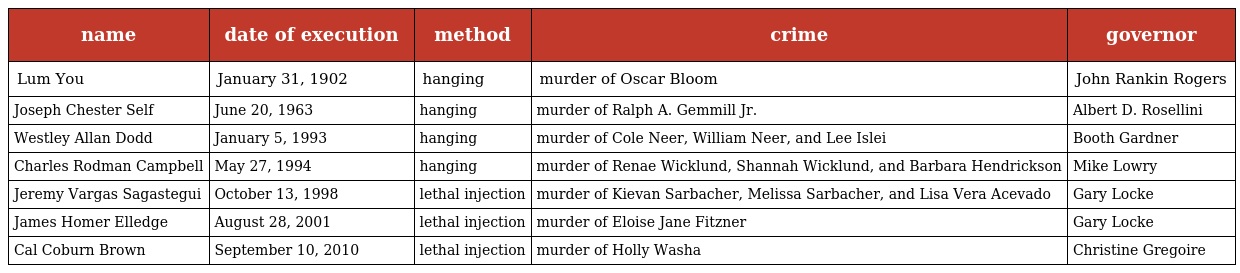
| name | date of execution | method | crime | governor |
 | --- | --- | --- | --- | --- |
 | Lum You | January 31, 1902 | hanging | murder of Oscar Bloom | John Rankin Rogers |
 | Joseph Chester Self | June 20, 1963 | hanging | murder of Ralph A. Gemmill Jr. | Albert D. Rosellini |
 | Westley Allan Dodd | January 5, 1993 | hanging | murder of Cole Neer, William Neer, and Lee Islei | Booth Gardner |
 | Charles Rodman Campbell | May 27, 1994 | hanging | murder of Renae Wicklund, Shannah Wicklund, and Barbara Hendrickson | Mike Lowry |
 | Jeremy Vargas Sagastegui | October 13, 1998 | lethal injection | murder of Kievan Sarbacher, Melissa Sarbacher, and Lisa Vera Acevado | Gary Locke |
 | James Homer Elledge | August 28, 2001 | lethal injection | murder of Eloise Jane Fitzner | Gary Locke |
 | Cal Coburn Brown | September 10, 2010 | lethal injection | murder of Holly Washa | Christine Gregoire |